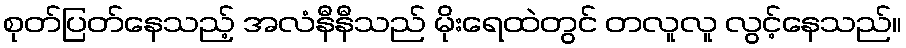
စုတ်ပြတ်နေသည့် အလံနီနီသည် မိုးရေထဲတွင် တလူလူ လွင့်နေသည်။